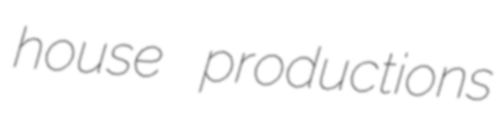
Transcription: house productions